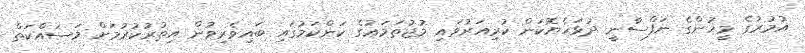
އުމުރުގެ މީހުންގެ ނަފްސާނީ ދުޅަހެޔޮކަން ކުރިއަރުވައި މުޖުތަމަޢުގެ ކަންކަމުގައި ބައިވެރިވުން އިތުރުކުރުމަށް މަސައްކަތް